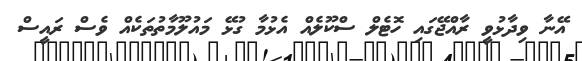
އޭނާ ވިދާޅުވީ ރާއްޖޭގައި ހޮޓެލް ސްކޫލެއް އެޅުމާ ގުޅޭ މައުލޫމާތުތަކެއް ވެސް ރައީސް